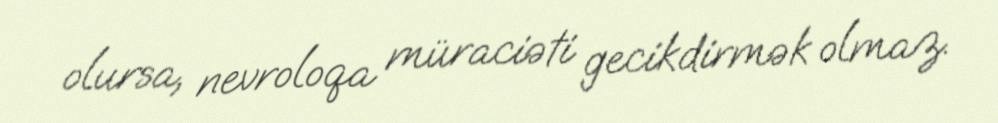
olursa, nevroloqa müraciəti gecikdirmək olmaz.